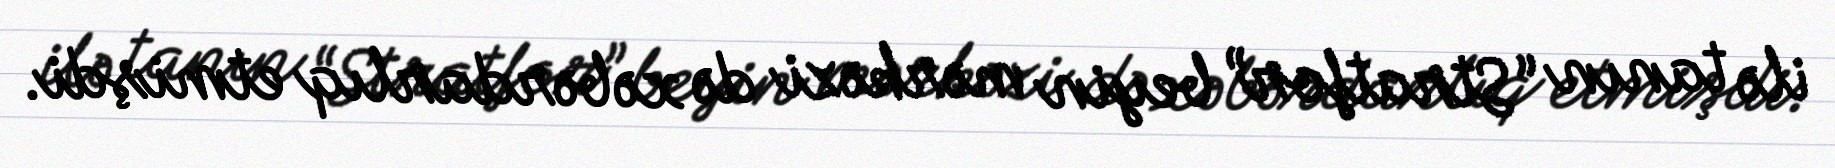
ilə tanın “Stratfor” beyin mərkəzi də xəbərdarlıq etmişdi.